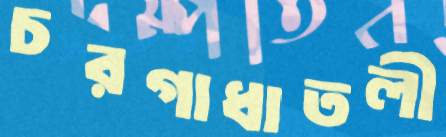
চরগাধাতলী